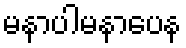
မနာပါမနာပေန